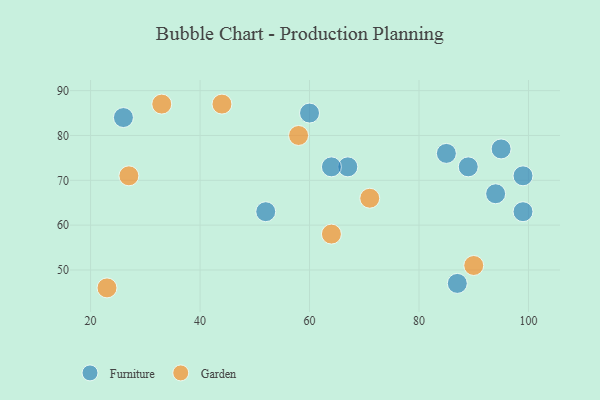
{"axis": {"x": "GDP", "y": "Life Expectancy"}, "legend": ["Furniture", "Garden"], "data": [{"x": "85", "y": 76, "type": "Furniture"}, {"x": "60", "y": 85, "type": "Furniture"}, {"x": "95", "y": 77, "type": "Furniture"}, {"x": "99", "y": 71, "type": "Furniture"}, {"x": "26", "y": 84, "type": "Furniture"}, {"x": "67", "y": 73, "type": "Furniture"}, {"x": "64", "y": 73, "type": "Furniture"}, {"x": "99", "y": 63, "type": "Furniture"}, {"x": "87", "y": 47, "type": "Furniture"}, {"x": "89", "y": 73, "type": "Furniture"}, {"x": "52", "y": 63, "type": "Furniture"}, {"x": "94", "y": 67, "type": "Furniture"}, {"x": "58", "y": 80, "type": "Garden"}, {"x": "23", "y": 46, "type": "Garden"}, {"x": "44", "y": 87, "type": "Garden"}, {"x": "90", "y": 51, "type": "Garden"}, {"x": "33", "y": 87, "type": "Garden"}, {"x": "71", "y": 66, "type": "Garden"}, {"x": "27", "y": 71, "type": "Garden"}, {"x": "64", "y": 58, "type": "Garden"}]}